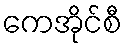
ကေအိုင်စီ